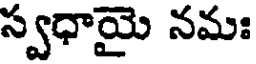
స్వధాయై నమః